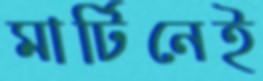
মার্টিনেই